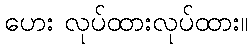
ဟေး လုပ်ထားလုပ်ထား။